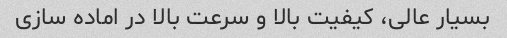
بسیار عالی، کیفیت بالا و سرعت بالا در اماده سازی